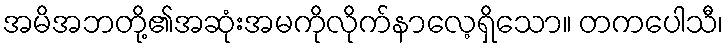
အမိအဘတို့၏အဆုံးအမကိုလိုက်နာလေ့ရှိသော။ တကပေါသီ၊